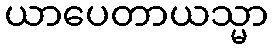
ယာပေတာယသ္မာ